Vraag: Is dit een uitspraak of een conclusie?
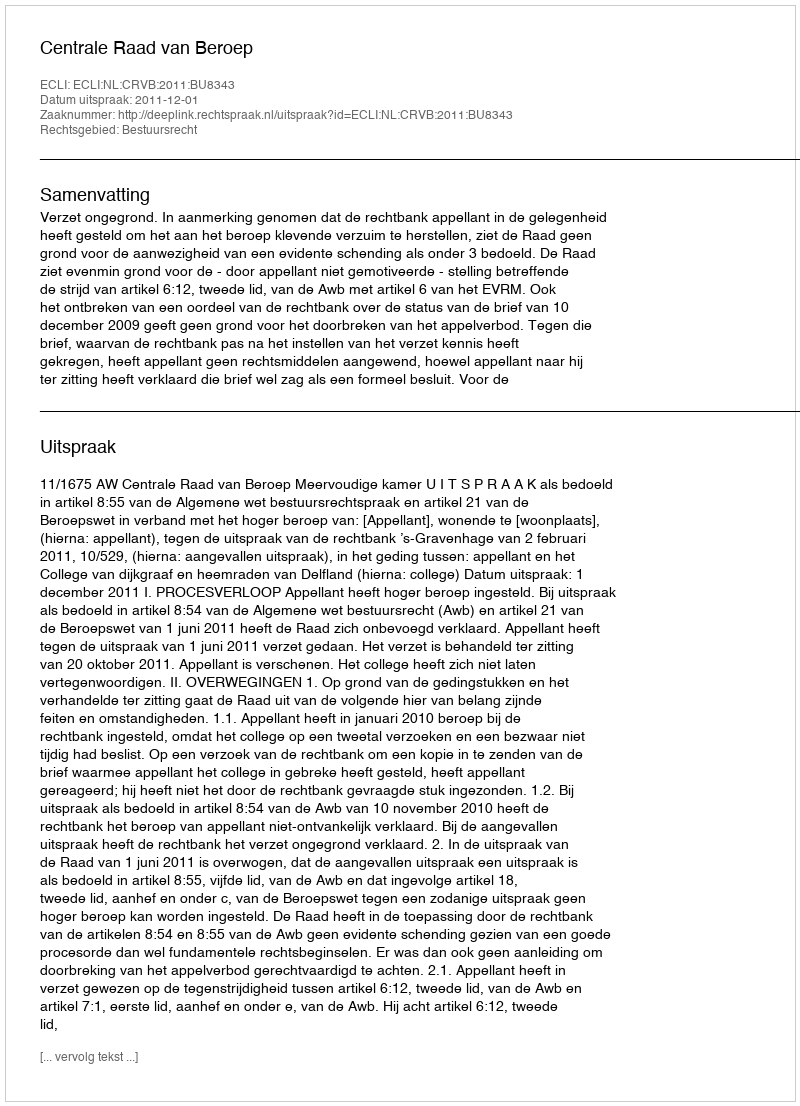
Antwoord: Uitspraak